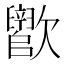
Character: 𬅵